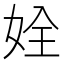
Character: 姾